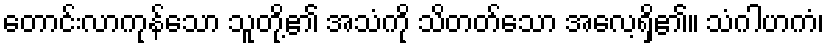
တောင်းလာကုန်သော သူတို့၏ အသံကို သိတတ်သော အလေ့ရှိ၏။ သံဂါဟကံ၊